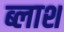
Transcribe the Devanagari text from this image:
ब्लाश